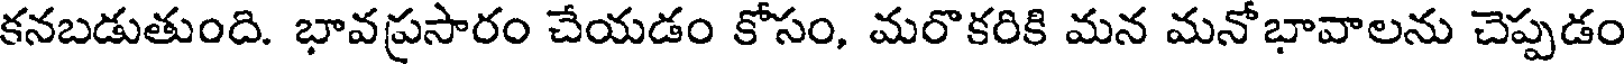
కనబడుతుంది. భావప్రసారం చేయడం కోసం, మరొకరికి మన మనోభావాలను చెప్పడం